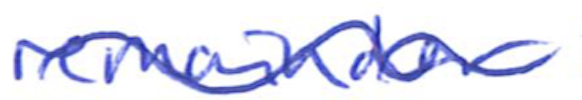
Text: remainder
Cross-out: wave
Writing tool: ballpoint